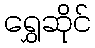
ရွှေဆိုင်